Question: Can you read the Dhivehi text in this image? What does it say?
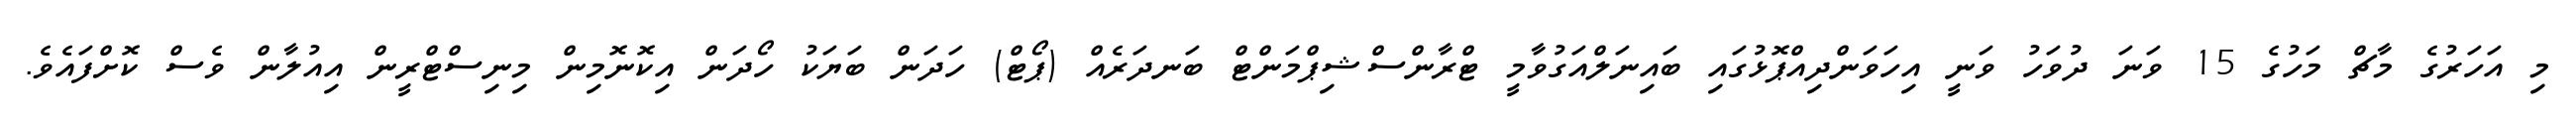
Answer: މި އަހަރުގެ މާޗް މަހުގެ 15 ވަނަ ދުވަހު ވަނީ އިހަވަންދިއްޕޮޅުގައި ބައިނަލްއަގުވާމީ ޓްރާންސްޝިޕްމަންޓް ބަނދަރެއް (ޕޯޓް) ހަދަން ބަޔަކު ހޯދަން އިކޮނޮމިން މިނިސްޓްރީން އިއުލާން ވެސް ކޮށްފައެވެ.